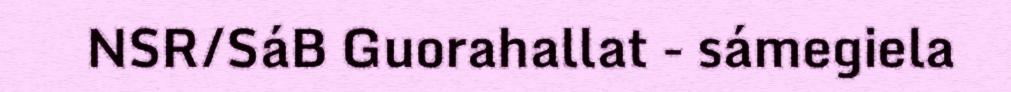
NSR/SáB Guorahallat - sámegiela